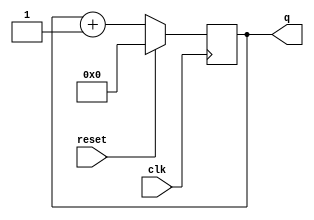
module top_module (
    input clk,
    input reset,      // Synchronous active-high reset
    output reg [3:0] q);
	
    always@(posedge clk) begin 
        if (reset)
            q <= 4'd0;
        else 
            q <= q + 1'd1; 
    end
endmodule